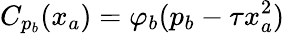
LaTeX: C_{p_{b}}(x_{a})=\varphi_{b}(p_{b}-\tau x_{a}^{2})